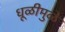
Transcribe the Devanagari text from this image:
धूळीमुळे